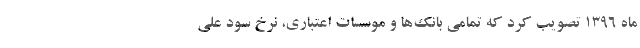
ماه ۱۳۹۶ تصویب کرد که تمامی بانک‌ها و موسسات اعتباری، نرخ سود علی